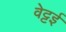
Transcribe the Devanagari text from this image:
वेट्टई